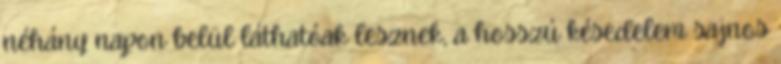
néhány napon belül láthatóak lesznek, a hosszú késedelem sajnos